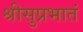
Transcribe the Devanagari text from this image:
श्रीसुप्रभातं